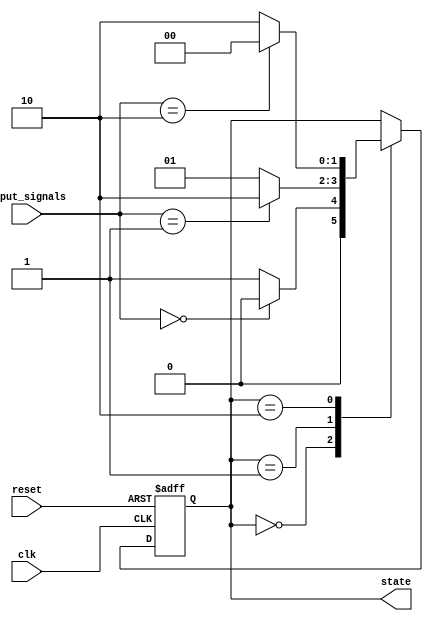
module state_machine (
    input wire clk,
    input wire reset,
    input wire [1:0] input_signals,
    output reg [1:0] state
);
  
// Define the states
parameter StateA = 2'b00;
parameter StateB = 2'b01;
parameter StateC = 2'b10;

// Define the state transitions
always @(posedge clk or posedge reset) begin
    if (reset) begin
        state <= StateA;
    end else begin
        case(state)
            StateA: begin
                if (input_signals == 2'b00) begin
                    state <= StateA;
                end else begin
                    state <= StateB;
                end
            end
            StateB: begin
                if (input_signals == 2'b01) begin
                    state <= StateC;
                end else begin
                    state <= StateB;
                end
            end
            StateC: begin
                if (input_signals == 2'b10) begin
                    state <= StateA;
                end else begin
                    state <= StateC;
                end
            end
        endcase
    end
end

endmodule